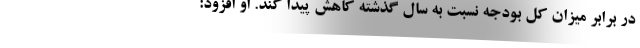
در برابر میزان کل بودجه نسبت به سال گذشته کاهش پیدا کند. او افزود: